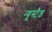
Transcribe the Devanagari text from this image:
न्यूस्टैड